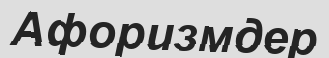
Афоризмдер